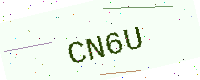
Text: CN6U